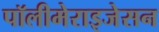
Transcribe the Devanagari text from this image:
पॉलीमेराइजेसन